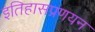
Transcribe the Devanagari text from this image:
इतिहासप्रणयन